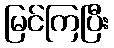
မြင်ကြပြီး